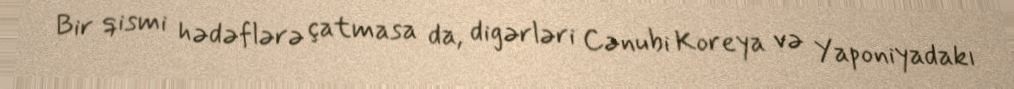
Bir qismi hədəflərə çatmasa da, digərləri Cənubi Koreya və Yaponiyadakı